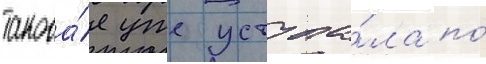
такова́я уже уступа́ла по́